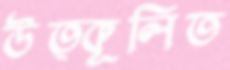
উত্কূলিত